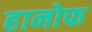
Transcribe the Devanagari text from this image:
हानोफ